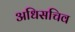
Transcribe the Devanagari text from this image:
अधिसचिव